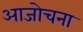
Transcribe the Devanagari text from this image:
आजोचना